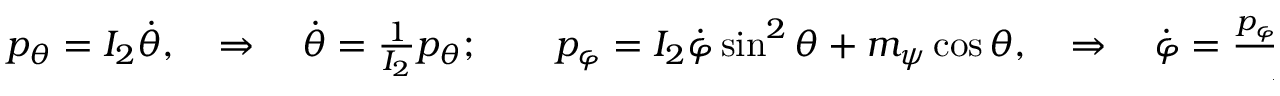
\begin{array} { r } { p _ { \theta } = I _ { 2 } \dot { \theta } , \quad \Rightarrow \quad \dot { \theta } = \frac { 1 } { I _ { 2 } } p _ { \theta } ; \qquad p _ { \varphi } = I _ { 2 } \dot { \varphi } \sin ^ { 2 } \theta + m _ { \psi } \cos \theta , \quad \Rightarrow \quad \dot { \varphi } = \frac { p _ { \varphi } - m _ { \psi } \cos \theta } { I _ { 2 } \sin ^ { 2 } \theta } . } \end{array}